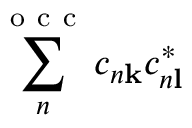
\sum _ { n } ^ { \mathrm { ~ o ~ c ~ c ~ } } c _ { n \mathbf { k } } c _ { n \mathbf { l } } ^ { * }